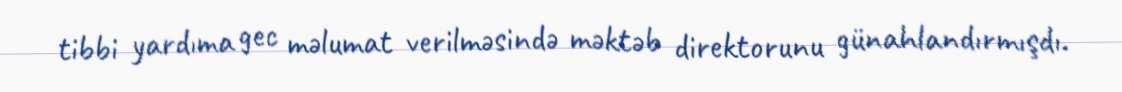
tibbi yardıma gec məlumat verilməsində məktəb direktorunu günahlandırmışdı.